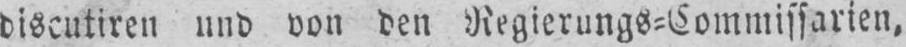
discutiren und von den Regierungs⸗Commissarien,